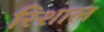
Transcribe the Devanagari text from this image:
रिशाल